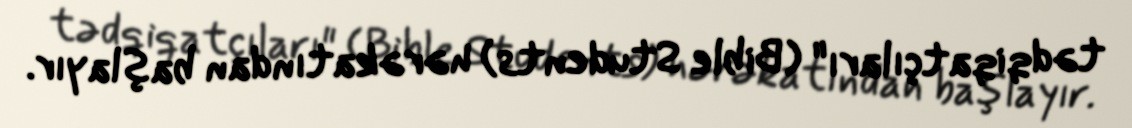
tədqiqatçıları" (Bible Students) hərəkatından başlayır.